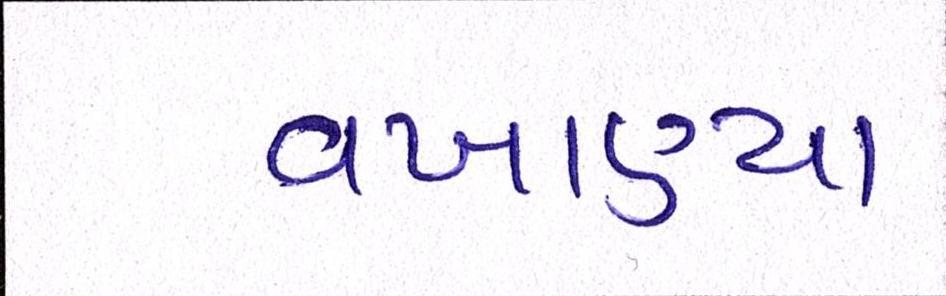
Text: વખાણ્યા